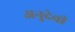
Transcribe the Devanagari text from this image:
अनुदेवी